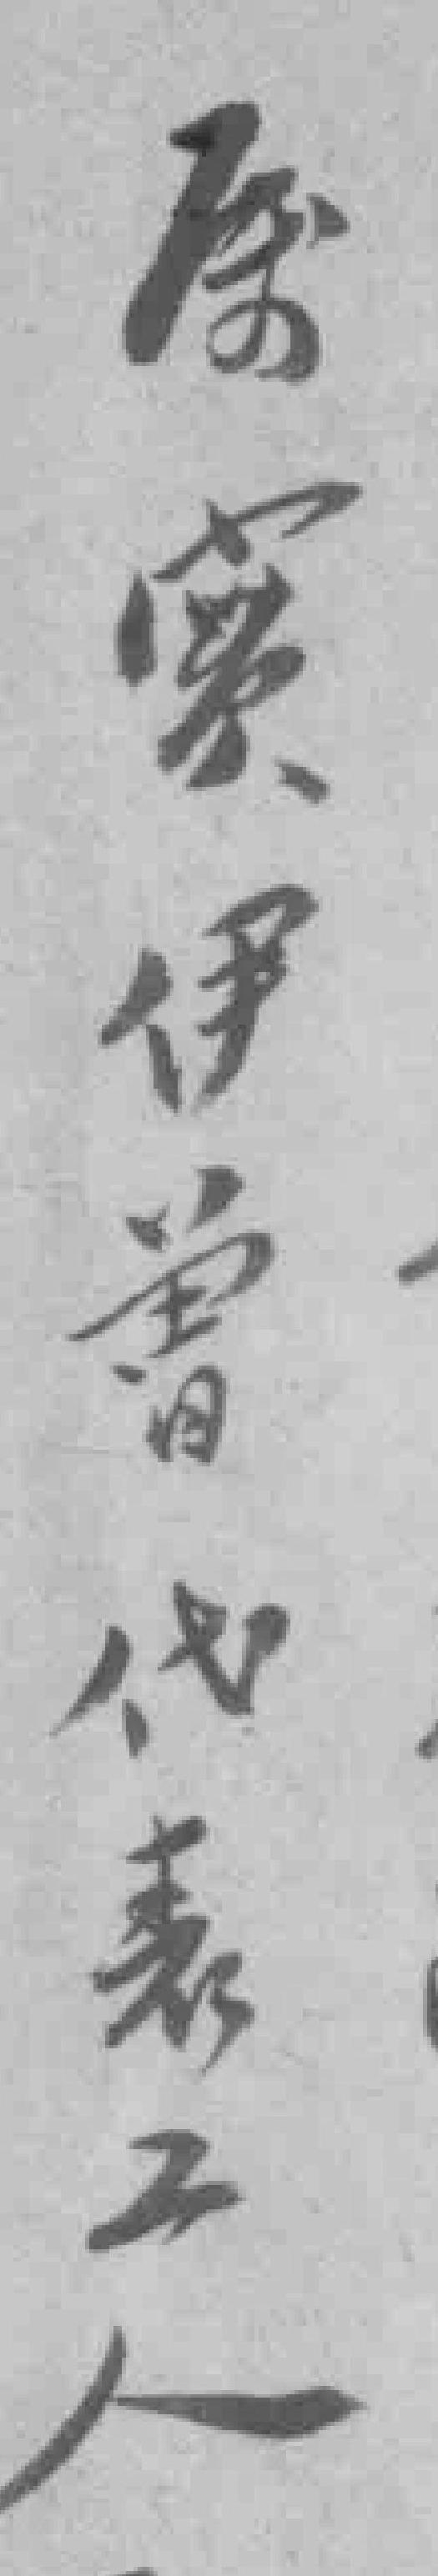
属實伊曾代表工人